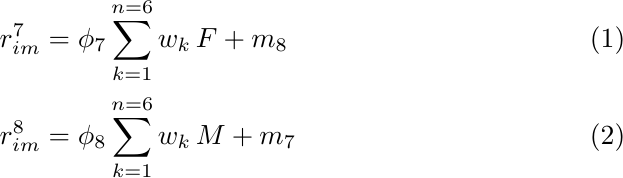
\begin{align}
	r_{im}^7&=\phi_7 \sum^{n=6}_{k=1} w_k\, F + m_8\\
	r_{im}^8&=\phi_8 \sum^{n=6}_{k=1} w_k\, M + m_7
\end{align}